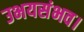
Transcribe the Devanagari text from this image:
उभयसंभव।